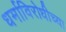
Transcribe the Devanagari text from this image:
धर्माविरोधीच्या